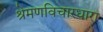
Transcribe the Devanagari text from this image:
श्रेमणविचारधारा